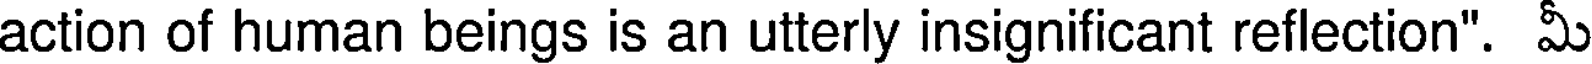
action of human beings is an utterly insignificant reflection". మీ